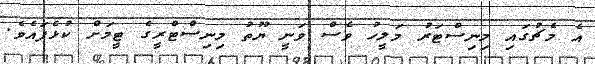
އެ މެޗުގައި މިނިސްޓަރު މަލީހު ވެސް ވަނީ ޔޫތު މިނިސްޓްރީގެ ޓީމަށް ކުޅެފައެވެ.